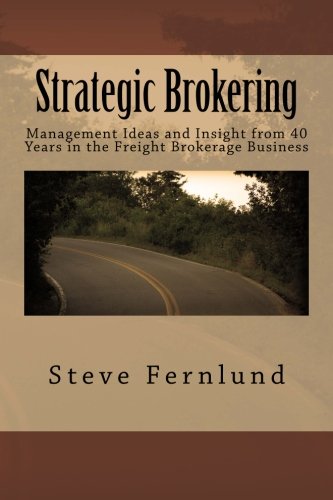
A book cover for Strategic Brokering: Management Ideas and Insight from 40 Years in the Freight Brokerage Business; Steve Fernlund; Business & Money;